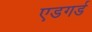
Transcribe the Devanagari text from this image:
एडगर्ड